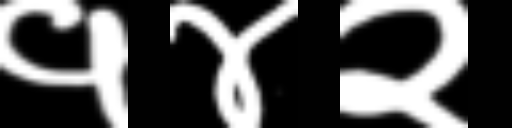
Text: १४२